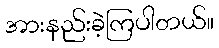
အားနည်းခဲ့ကြပါတယ်။